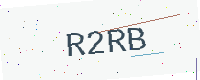
Text: R2RB